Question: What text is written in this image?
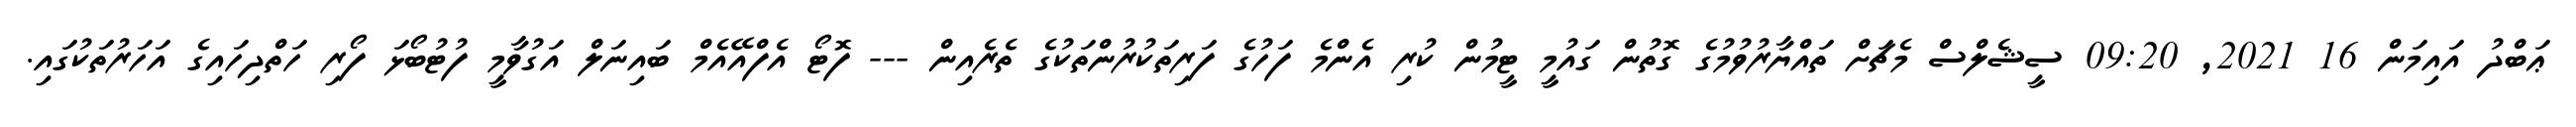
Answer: ޢަބްދު އައިމަން 16 2021, 09:20 ސީޝެލްސް މެޗަށް ތައްޔާރުވުމުގެ ގޮތުން ގައުމީ ޓީމުން ކުރި އެންމެ ފަހުގެ ފަރިތަކުރުންތަކުގެ ތެރެއިން --- ފޮޓޯ އެފްއޭއެމް ބައިނަލް އަގުވާމީ ފުޓުބޯޅަ ފޯރި ހަތްދިހައިގެ އަހަރުތަކުގައި.